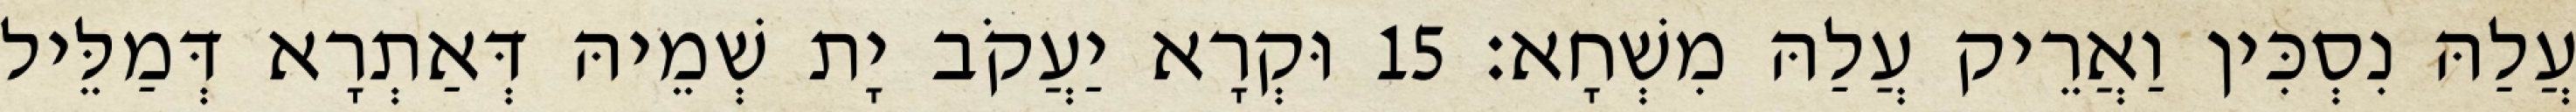
עֲלַהּ נִסְכִּין וַאֲרֵיק עֲלַהּ מִשְׁחָא׃ 15 וּקְרָא יַעֲקֹב יָת שְׁמֵיהּ דְּאַתְרָא דְּמַלֵּיל